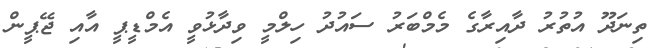
ތިނަދޫ އުތުރު ދާއިރާގެ މެމްބަރު ސައުދު ހިލްމީ ވިދާޅުވީ އެމްޑީޕީ އާއި ޖޭޕީން